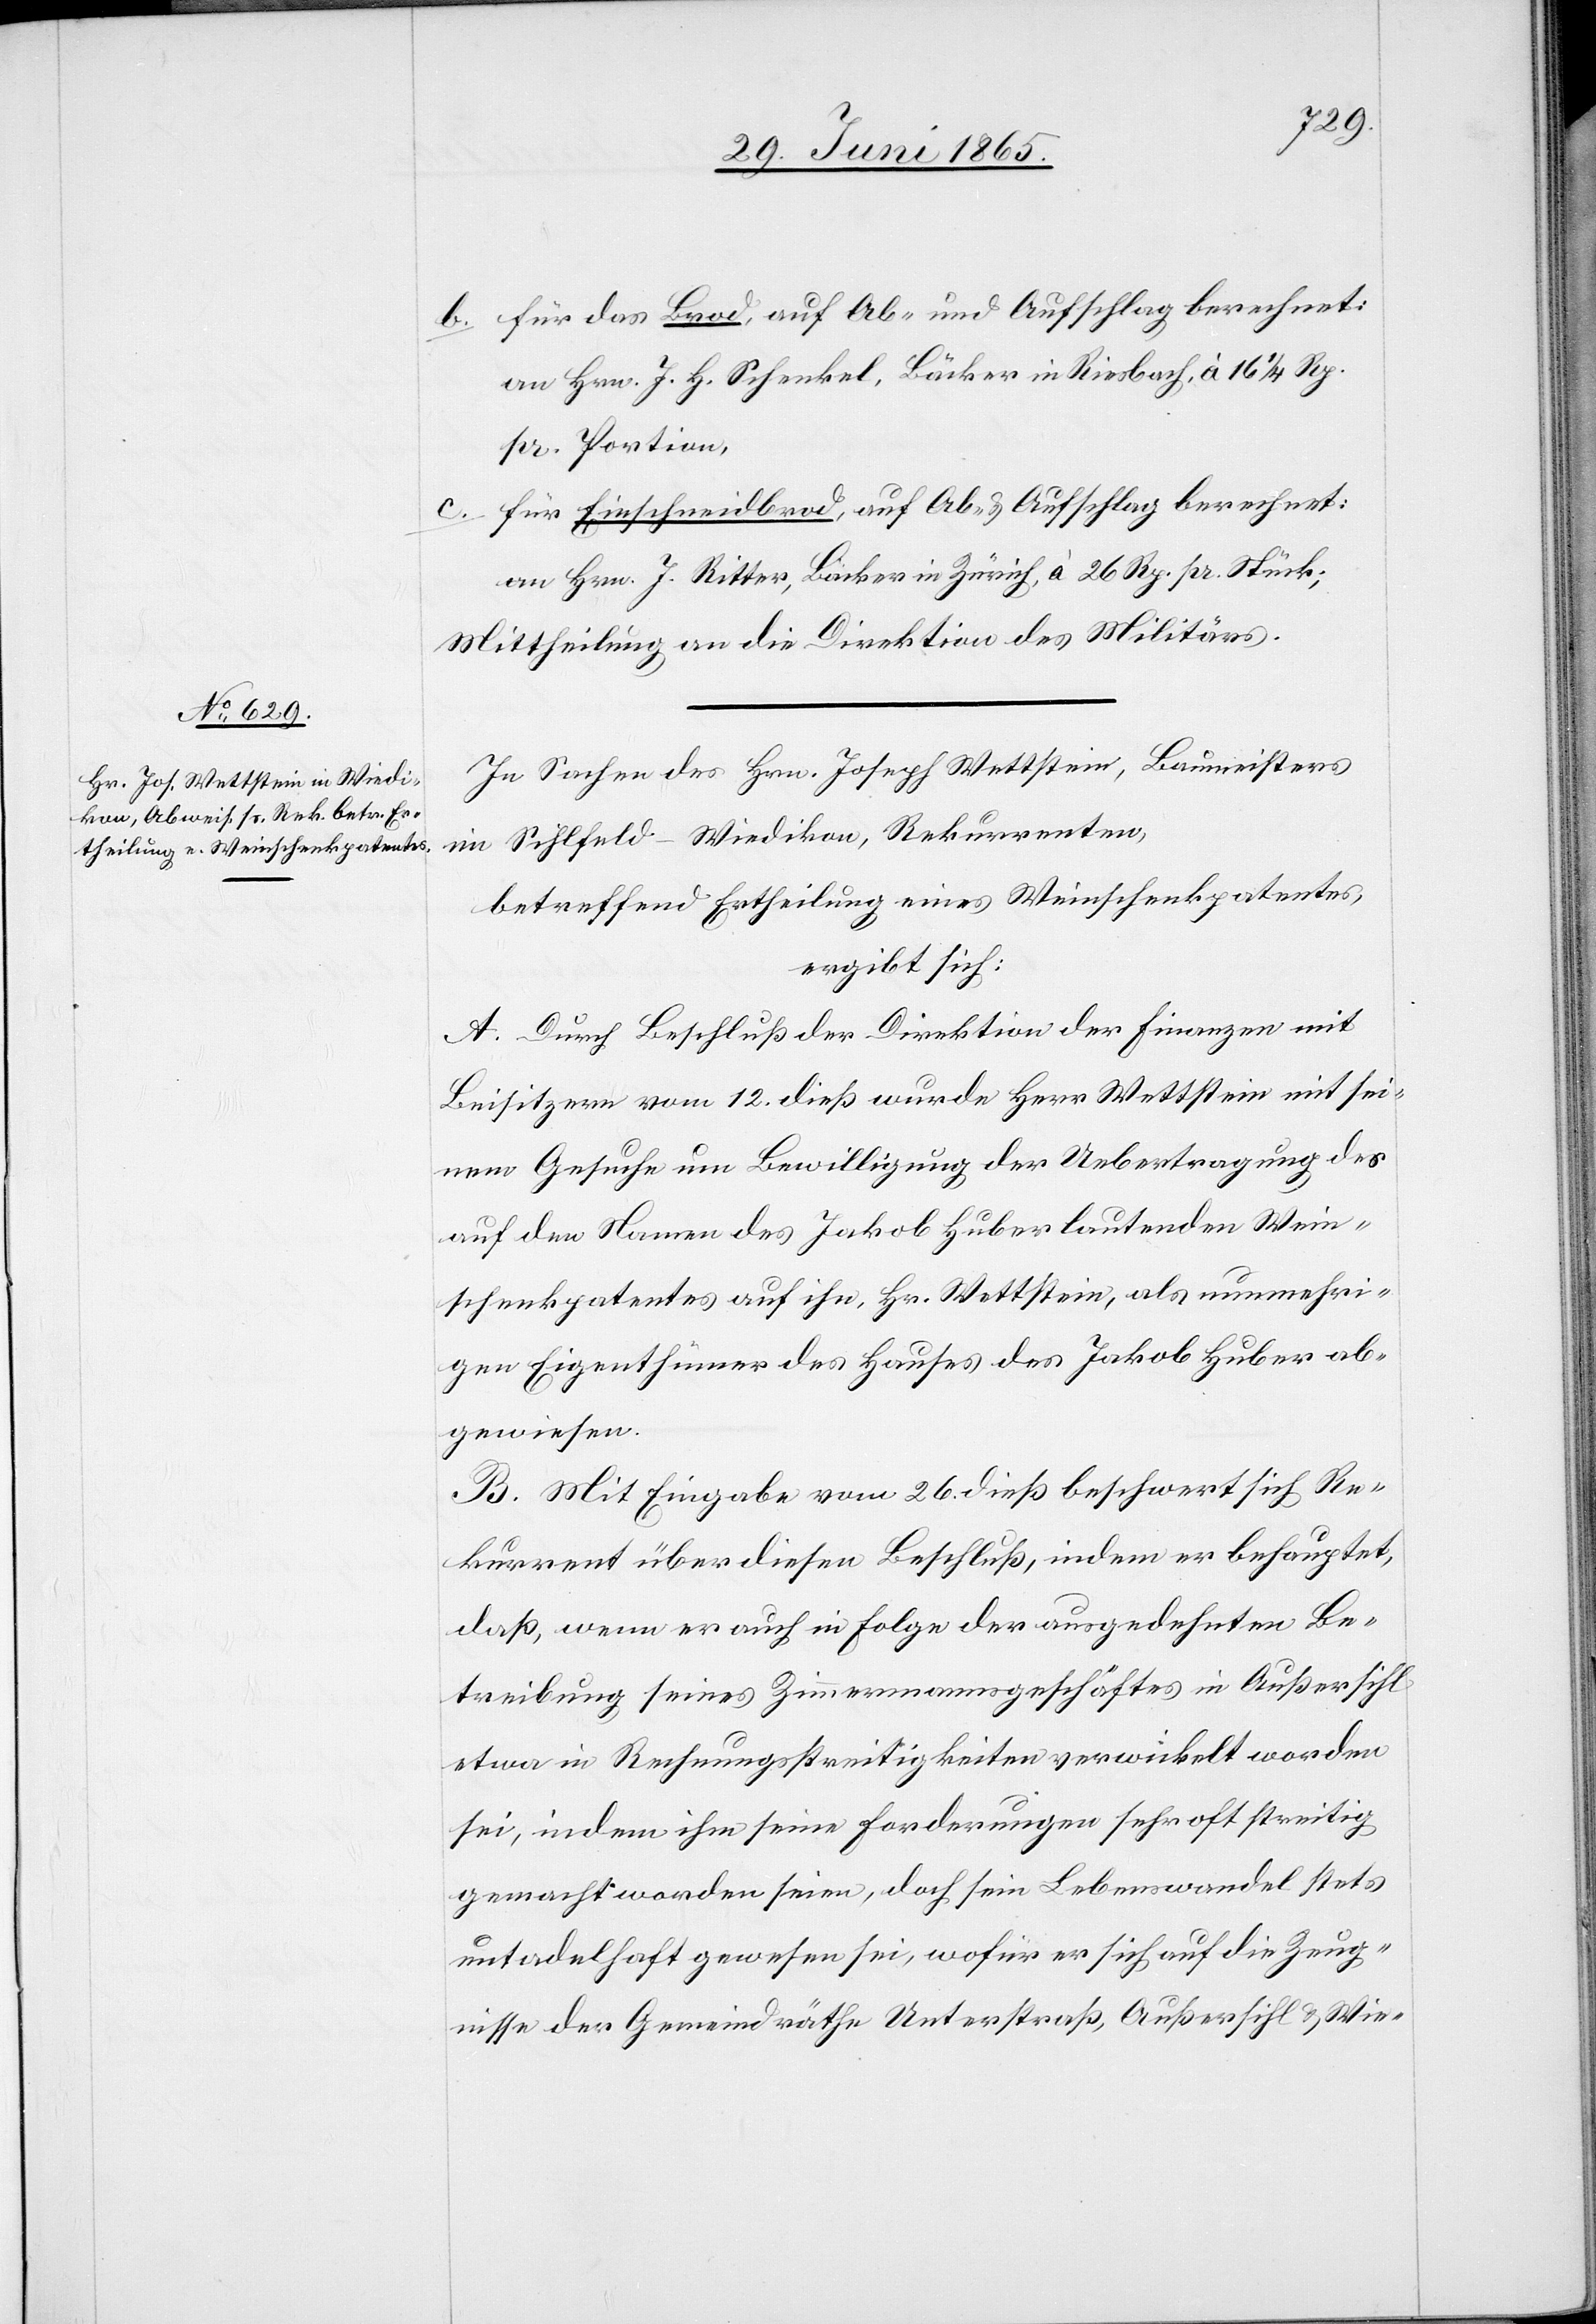
b. für das Brod, auf Ab- und Aufschlag berechnet:
an Hrn. J. H. Schenkel, Bäcker in Riesbach, à 16 ¼ Rp.
pr. Portion,
c. für Einschneidbrod, auf Ab- & Aufschlag berechnet:
an Hrn. J. Ritter, Bäcker in Zürich, à 26 Rp. pr. Stück;
Mittheilung an die Direktion des Militärs.
In Sachen des Hrn. Joseph Wettstein, Baumeisters
im Sihlfeld-Wiedikon, Rekurrenten,
betreffend Ertheilung eines Weinschenkpatentes,
ergibt sich:
A. Durch Beschluß der Direktion der Finanzen mit
Beisitzern vom 12. dieß wurde Herr Wettstein mit sei¬
nem Gesuche um Bewilligung der Uebertragung des
auf den Namen des Jakob Huber lautenden Wein¬
schenkpatentes auf ihn, Hr. Wettstein, als nunmehri¬
gen Eigenthümer des Hauses des Jakob Huber ab¬
gewiesen.
B. Mit Eingabe vom 26. dieß beschwert sich Re¬
kurrent über diesen Beschluß, indem er behauptet,
daß, wenn er auch in Folge der ausgedehnten Be¬
treibung seines Zimmermannsgeschäftes in Außersihl
etwa in Rechnungsstreitigkeiten verwickelt worden
sei, indem ihm seine Forderungen sehr oft streitig
gemacht worden seien, doch sein Lebenswandel stets
untadelhaft gewesen sei, wofür er sich auf die Zeug¬
nisse der Gemeindräthe Unterstraß, Außersihl & Wie-